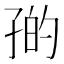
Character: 𪦼